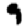
Digit: 9